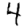
Digit: 4